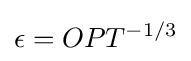
\epsilon =OPT^{-1/3}